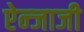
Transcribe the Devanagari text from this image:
ऐन्जाजी